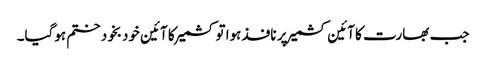
جب بھارت کا آئین کشمیر پر نافذ ہوا تو کشمیر کا آئین خودبخود ختم ہوگیا۔